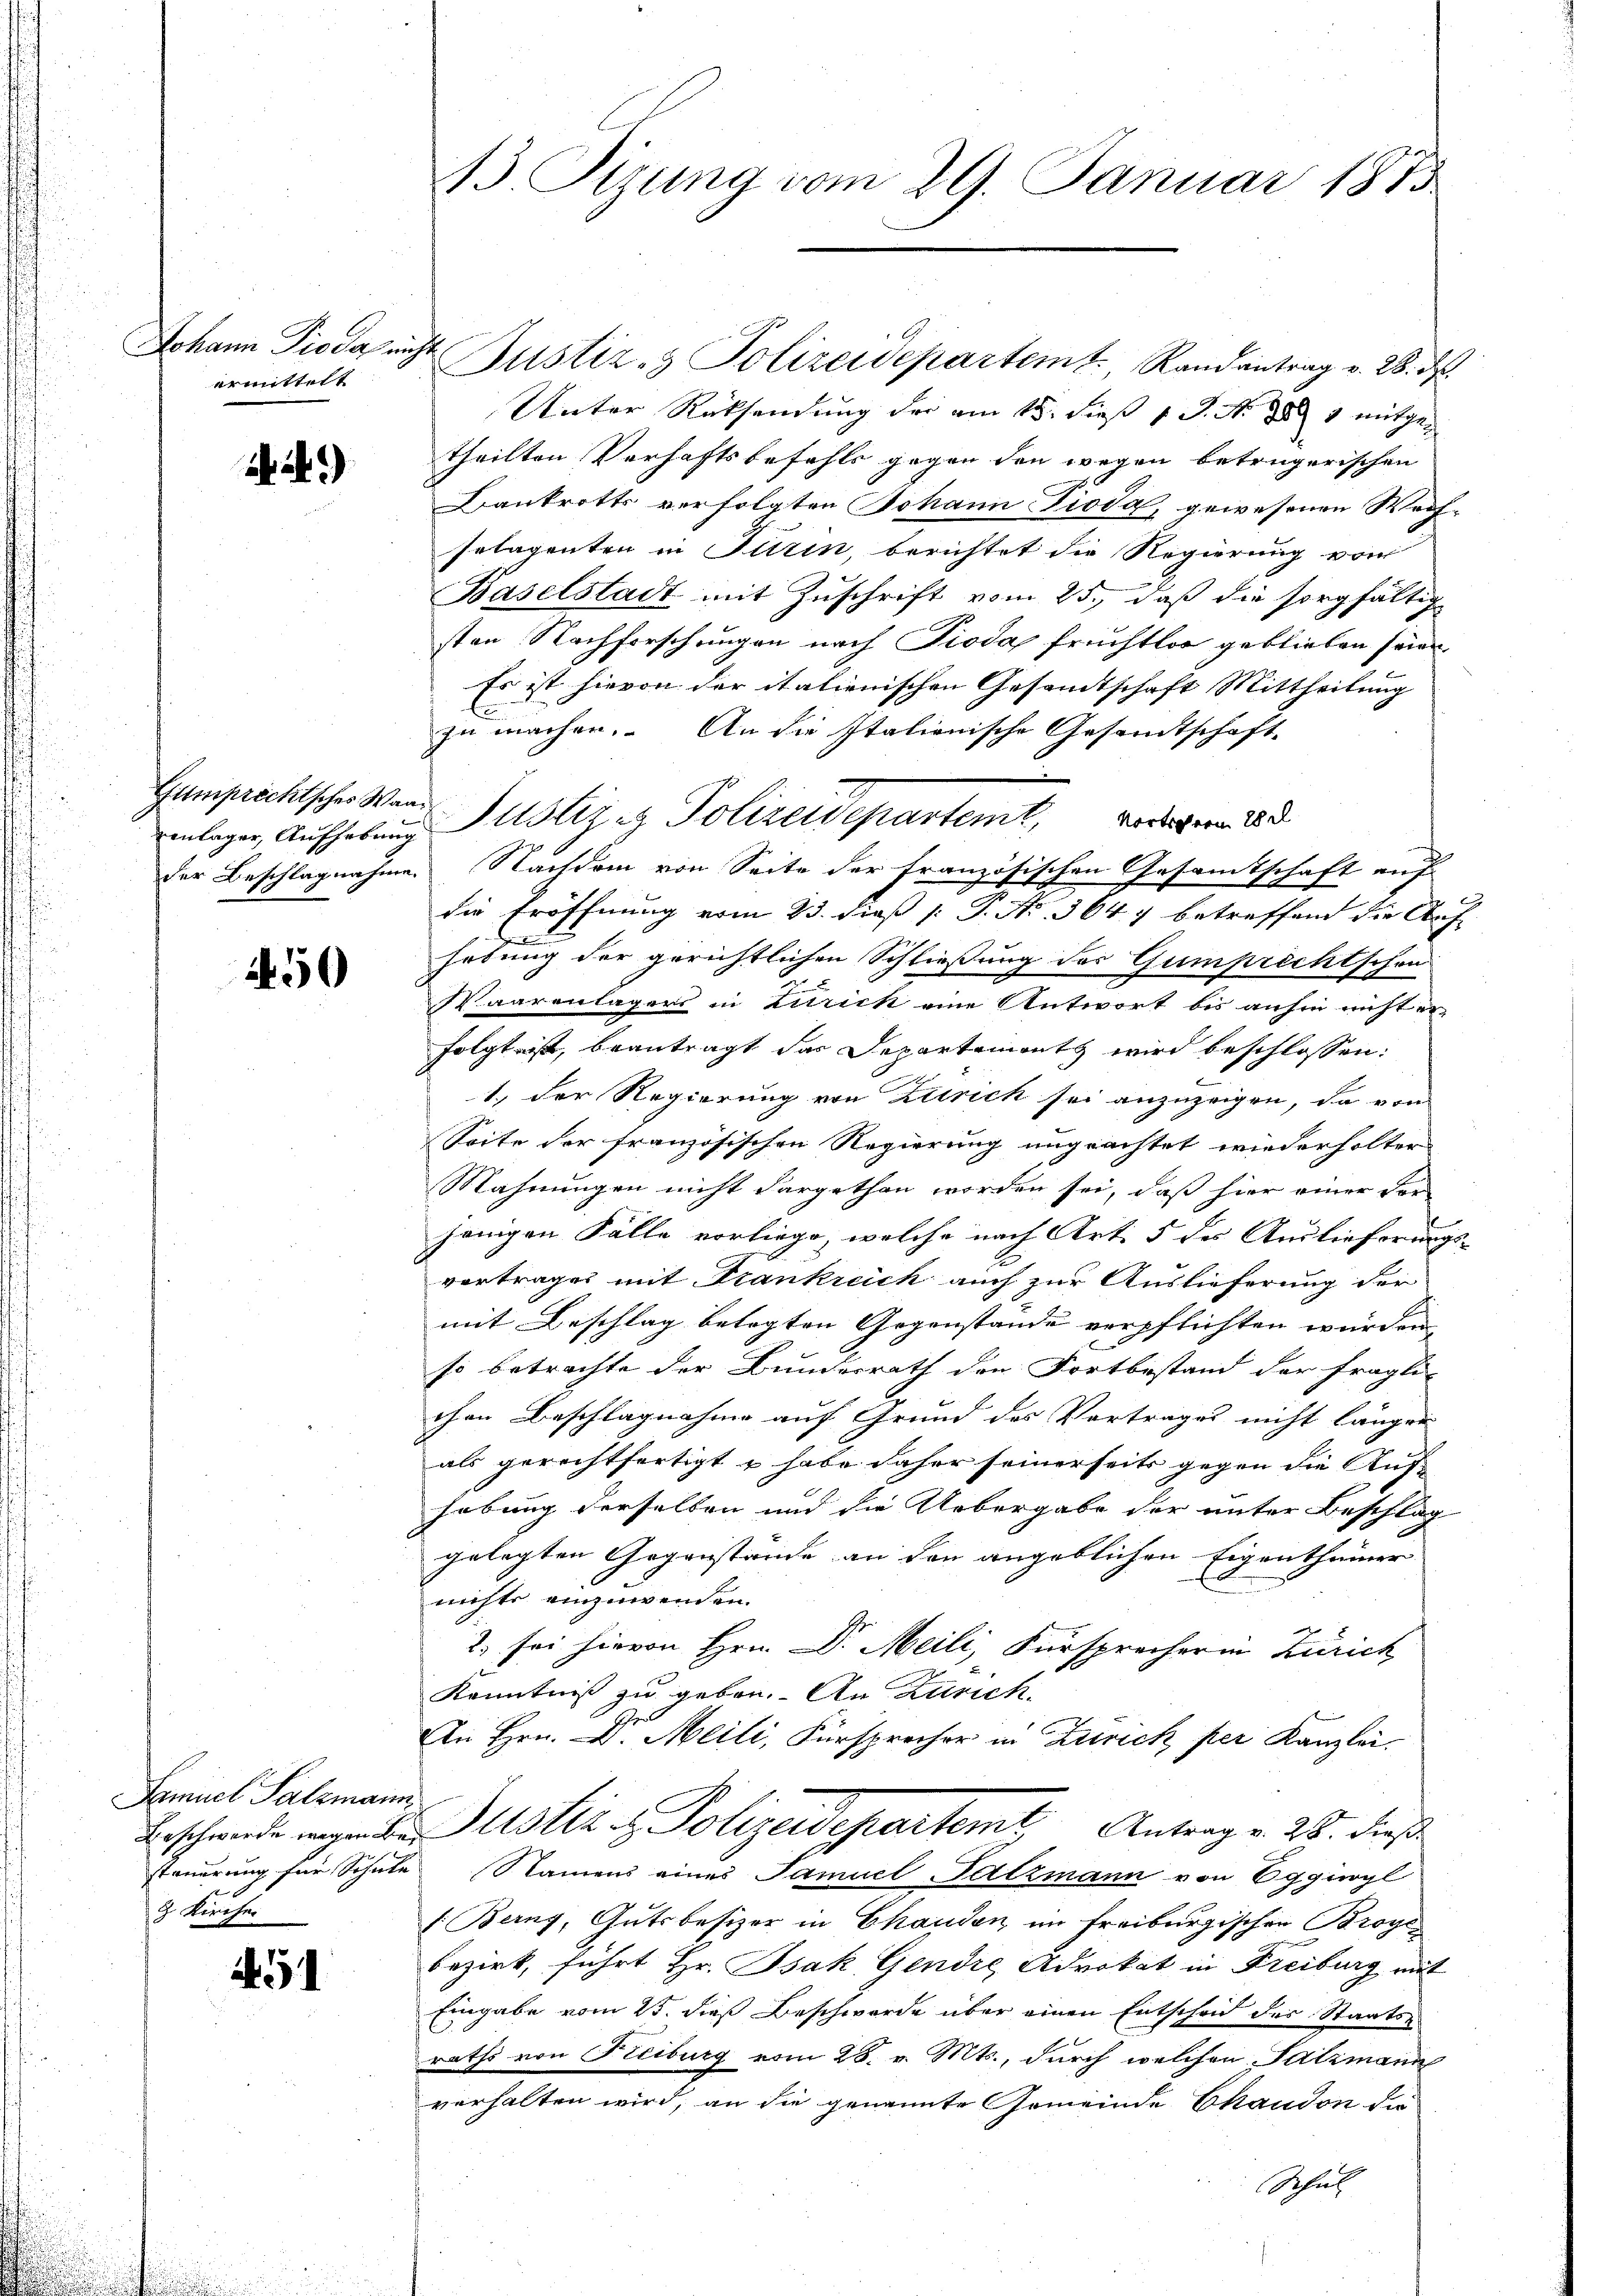
Johann Pioda nicht
ermittelt

2.)

enlager, Aufhebung

450

Samuel Salzmann
8 Kircher

451

13 Tizung vom 29. Januar 1873

Bustiz- & Polizeidepartem Randantrag v. 28. d.
Unter Rücksendung der am 15. dieß 1 S. N. 288 mitgetheilten Verhaftsbefehls gegen den wegen betrügerischen
Bankrotts verfolgten Johann Pioda, gewesenen Wechselagenten in Turin, berichtet die Regierung von
Baselstadt mit Zuschrift vom 25. daß die sorgfältig
sten Nachforschungen nach Pioda Früchtlos geblieben seien,
Es ist hievon der italienischen Gesandtschaft Mittheilung
E
zu machen. An die Italienische Gesandtschaft-
Gumprechtsches Wer Justins Polizeideparteme
die Eröffnung vom 23. dieß [ P. Nr. 3647 betreffend die Auf-
hebung der gerichtlichen Schließung des Gumprecht schon
Waarenlagers in Zurick eine Antwort bis anhin nicht er-
folgt ist, beantragt das Departemonts wird beschlossen:
1. Der Regierung von Zürich sei anzuzeigen, da von
Seite der französischen Regierung ungeachtet wiederholter
Mahnungen nicht dargethan worden sei, daß hier einer vor-
jenigen Fälle vorliege, welche nach Art. 5 des Auslieferungs-
A
vortrages mit Frankreich auch zur Auslieferung der
mit Beschlag belegten Gegenstände verpflichten wurden
so betrachte der Bundesrath den Fortbestand der fragli-
chen Beschlagnahme auf Grund des Vortrages nicht länger
als gerechtfertigt & habe daher seinerseits gegen die Auf
hebung derselben und die Uebergabe der unter Beschlag
gelegten Gegenstände an den angeblichen Eigenthümer
nichts einzuwenden.
2. sei hievon Hrn. Dr. Meili, Fürsprecher in Zürich
Kenntniß zu geben. An Zürich.
An Hrn. D. Meili, Fürsprecher in Zurick per Kanzlei.
Beschwende geben stire Polizeidepartemt. Antrag v. 26. dieß
steuerung für Schule Namens eines Samuel Satzmann von Eggingl
f: Berny, Gutsbesizer in Chanden im Freiburgischen Broye
bezirk, führt Hr. Isak Gendie Advokat in Freiburg mit
Eingabe vom 25. dieß Beschwerde über einen Entscheid des Staatsraths von Freiburg vom 28. v. Mts., durch welchen Salzmann
verhalten wird, an die genannte Gemeinde Chaudon die
Schut

der Beschlagnahme. Nachdem von Seite der französischen Gesamtschaft auf